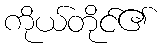
ကိုယ်တိုင်၏